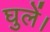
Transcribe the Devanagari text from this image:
घुलें।